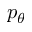
p _ { \theta }